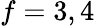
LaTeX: f=3,4